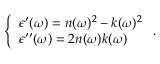
\left\{ \begin{array} { l } { \epsilon ^ { \prime } ( \omega ) = n ( \omega ) ^ { 2 } - k ( \omega ) ^ { 2 } } \\ { \epsilon ^ { \prime \prime } ( \omega ) = 2 n ( \omega ) k ( \omega ) } \end{array} \right. .